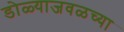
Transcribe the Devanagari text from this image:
डोळ्याजवळच्या